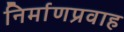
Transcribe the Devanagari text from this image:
निर्माणप्रवाह